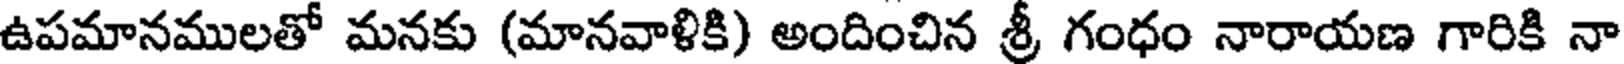
ఉపమానములతో మనకు (మానవాళికి) అందించిన శ్రీ గంధం నారాయణ గారికి నా